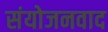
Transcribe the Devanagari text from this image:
संयोजनवाद